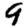
Digit: 9